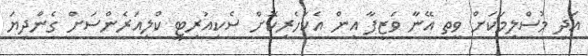
އަދި މުސްލިމަކަށް ވީތީ އޭނާ ވަޒީފާ އިން އެކަހެރިކޮށް ސެކިއުރިޓީ ކްލިއަރެންސަށް ގެންދިޔަ